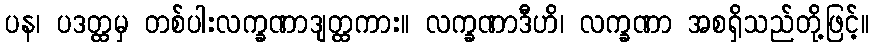
ပန၊ ပဒတ္ထမှ တစ်ပါးလက္ခဏာဒျတ္ထကား။ လက္ခဏာဒီဟိ၊ လက္ခဏာ အစရှိသည်တို့ဖြင့်။